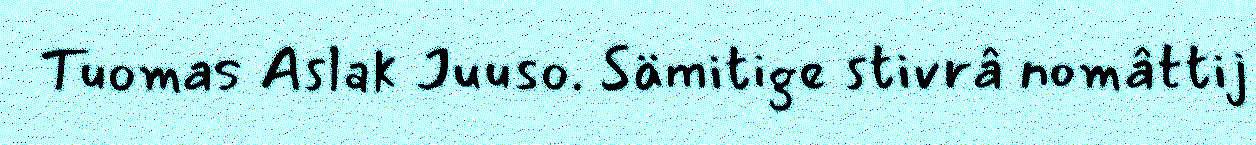
Tuomas Aslak Juuso. Sämitige stivrâ nomâttij